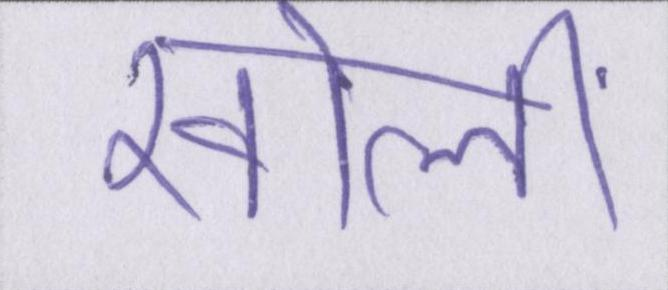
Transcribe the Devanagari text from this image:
खोलीं